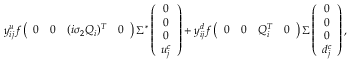
y _ { i j } ^ { u } f \left( { \begin{array} { c c c c } { { 0 } } & { { 0 } } & { { ( i \sigma _ { 2 } Q _ { i } ) ^ { T } } } & { { 0 } } \end{array} } \right) \Sigma ^ { * } \left( \begin{array} { c } { { 0 } } \\ { { 0 } } \\ { { 0 } } \\ { { u _ { j } ^ { c } } } \end{array} \right) + y _ { i j } ^ { d } f \left( { \begin{array} { c c c c } { { 0 } } & { { 0 } } & { { Q _ { i } ^ { T } } } & { { 0 } } \end{array} } \right) \Sigma \left( \begin{array} { c } { { 0 } } \\ { { 0 } } \\ { { 0 } } \\ { { d _ { j } ^ { c } } } \end{array} \right) ,